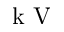
\textrm { k V }